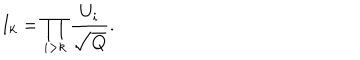
I _ { k } = \prod _ { i > k } \frac { U _ { i } } { \sqrt { Q } } { } .